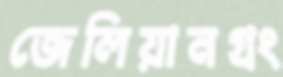
জেলিয়ানগ্রং